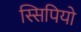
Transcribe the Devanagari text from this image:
स्सिपियो